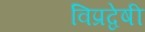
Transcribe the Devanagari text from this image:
विप्रद्वेषी